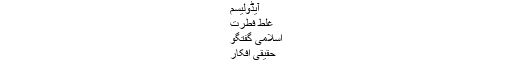
آیڈولیسم
غلط فطرت
اسلامی گفتگو
حقیقی افکار